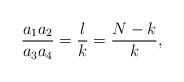
LaTeX: \begin{align*}\frac {a_1 a_2}{a_3 a_4} = \frac {l}{k} = \frac {N-k}{k},\end{align*}